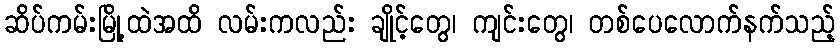
ဆိပ်ကမ်းမြို့ထဲအထိ လမ်းကလည်း ချိုင့်တွေ၊ ကျင်းတွေ၊ တစ်ပေလောက်နက်သည့်